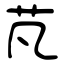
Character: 芃